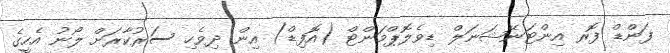
ފަންޑް ފޮރ އިންޓަނޭޝަނަލް ޑިވެލޮޕްމަންޓް (އޮފިޑް) އިން ދިވެހި ސަރުކާރަށް ލޯނު އެހީގެ